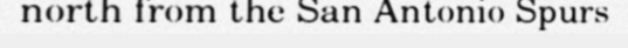
north from the San Antonio Spurs